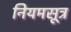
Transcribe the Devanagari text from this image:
नियमसूत्र